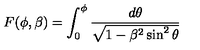
F ( \phi , \beta ) = \int _ { 0 } ^ { \phi } \frac { d \theta } { \sqrt { 1 - \beta ^ { 2 } \sin ^ { 2 } \theta } }